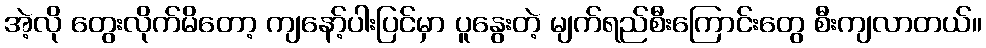
အဲ့လို တွေးလိုက်မိတော့ ကျနော့်ပါးပြင်မှာ ပူနွေးတဲ့ မျက်ရည်စီးကြောင်းတွေ စီးကျလာတယ်။